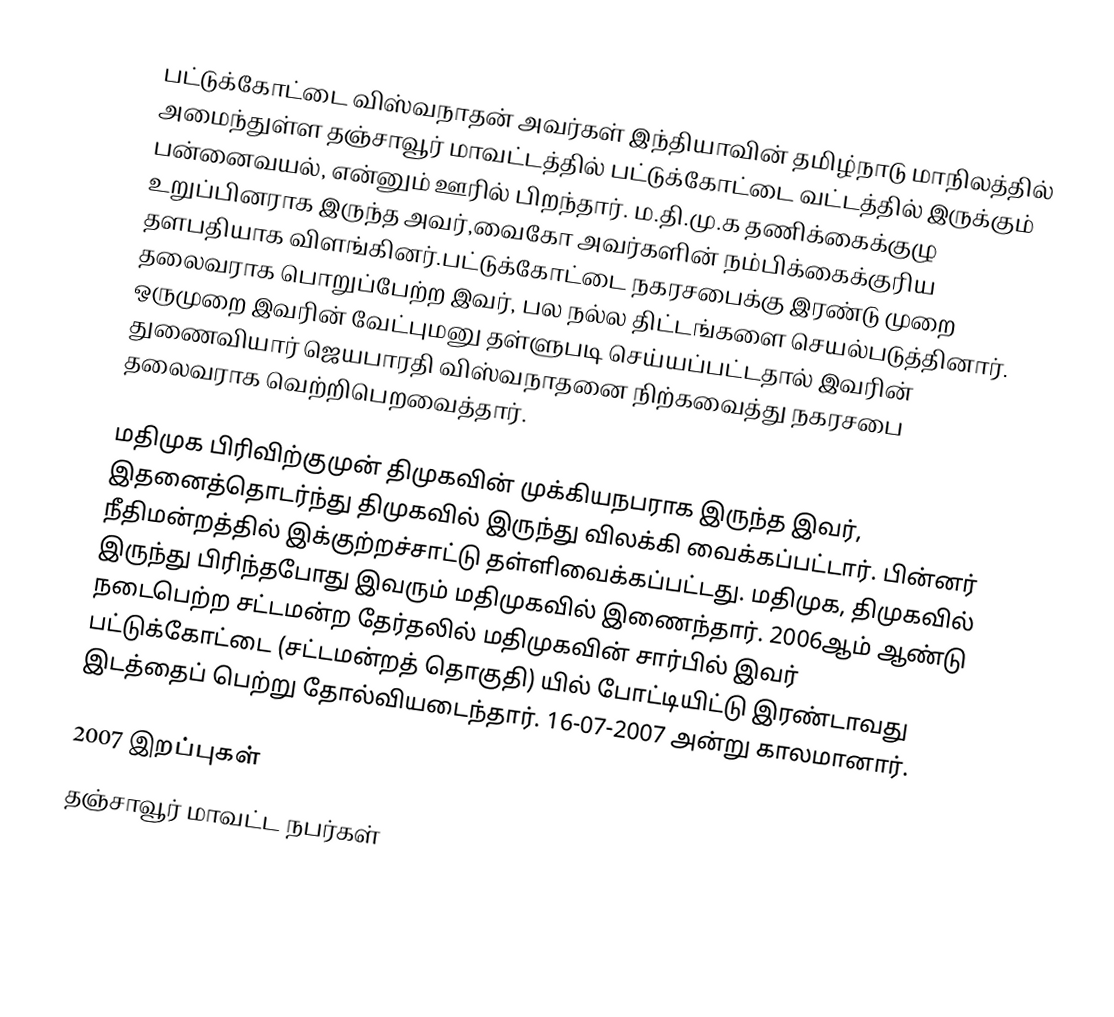
பட்டுக்கோட்டை விஸ்வநாதன் அவர்கள் இந்தியாவின் தமிழ்நாடு மாநிலத்தில் அமைந்துள்ள தஞ்சாவூர் மாவட்டத்தில்   பட்டுக்கோட்டை வட்டத்தில் இருக்கும்  பன்னைவயல்,  என்னும் ஊரில் பிறந்தார். ம.தி.மு.க  தணிக்கைக்குழு உறுப்பினராக  இருந்த அவர்,வைகோ அவர்களின் நம்பிக்கைக்குரிய தளபதியாக விளங்கினர்.பட்டுக்கோட்டை நகரசபைக்கு இரண்டு முறை தலைவராக பொறுப்பேற்ற இவர், பல நல்ல திட்டங்களை செயல்படுத்தினார். ஒருமுறை இவரின் வேட்புமனு தள்ளுபடி செய்யப்பட்டதால் இவரின் துணைவியார் ஜெயபாரதி விஸ்வநாதனை நிற்கவைத்து நகரசபை தலைவராக வெற்றிபெறவைத்தார்.

மதிமுக பிரிவிற்குமுன் திமுகவின் முக்கியநபராக இருந்த இவர், இதனைத்தொடர்ந்து திமுகவில் இருந்து விலக்கி வைக்கப்பட்டார். பின்னர் நீதிமன்றத்தில் இக்குற்றச்சாட்டு தள்ளிவைக்கப்பட்டது. மதிமுக, திமுகவில் இருந்து பிரிந்தபோது இவரும் மதிமுகவில் இணைந்தார். 2006ஆம் ஆண்டு நடைபெற்ற சட்டமன்ற தேர்தலில் மதிமுகவின் சார்பில் இவர் பட்டுக்கோட்டை (சட்டமன்றத் தொகுதி) யில் போட்டியிட்டு இரண்டாவது இடத்தைப் பெற்று தோல்வியடைந்தார். 16-07-2007 அன்று காலமானார்.

2007 இறப்புகள்
தஞ்சாவூர் மாவட்ட நபர்கள்